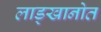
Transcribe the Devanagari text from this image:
लाड्खानोत